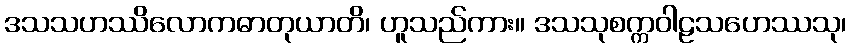
ဒသသဟဿိလောကဓာတုယာတိ၊ ဟူသည်ကား။ ဒသသုစက္ကဝါဠသဟေဿသု၊